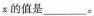
x的值是___。